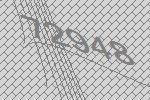
72948